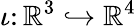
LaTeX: \iota\colon\mathbb{R}^{3}\hookrightarrow\mathbb{R}^{4}